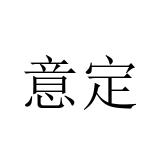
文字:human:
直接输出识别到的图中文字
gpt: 意定